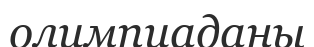
олимпиаданы